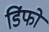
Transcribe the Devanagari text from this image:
डिंफो